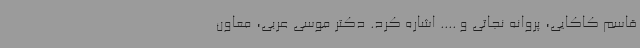
قاسم کاکایی، پروانه نجاتی و .... اشاره کرد. دکتر موسی عربی، معاون